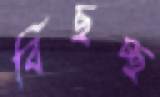
বিছচ্ছ